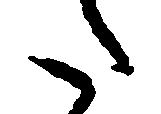
た